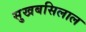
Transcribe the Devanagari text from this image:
सुखबसिलाल